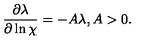
\frac { \partial \lambda } { \partial \ln \chi } = - A \lambda , A > 0 .